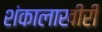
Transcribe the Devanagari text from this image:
शंकालाखीरी